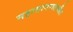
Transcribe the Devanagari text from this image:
महासागरातातील